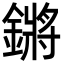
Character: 鏘